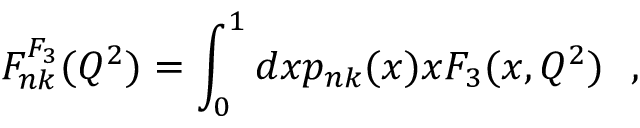
F _ { n k } ^ { F _ { 3 } } ( Q ^ { 2 } ) = \int _ { 0 } ^ { 1 } d x p _ { n k } ( x ) x F _ { 3 } ( x , Q ^ { 2 } ) ~ ~ ,